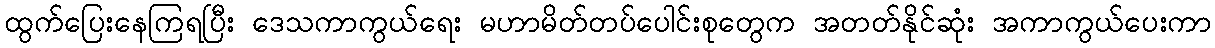
ထွက်ပြေးနေကြရပြီး ဒေသကာကွယ်ရေး မဟာမိတ်တပ်ပေါင်းစုတွေက အတတ်နိုင်ဆုံး အကာကွယ်ပေးကာ